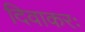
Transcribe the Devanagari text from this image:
दिवाकरः